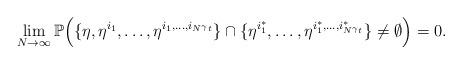
LaTeX: \begin{align*}\lim\limits_{N \rightarrow \infty} \mathbb{P}\Big(\{\eta,\eta^{i_{1}}, \dots, \eta^{i_{1}, \dots, i_{N^{\gamma}t}}\} \cap \{\eta^{i^{*}_{1}}, \dots, \eta^{i^{*}_{1}, \dots, i^{*}_{N^{\gamma}t}}\} \neq \emptyset\Big) = 0.\end{align*}